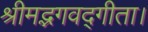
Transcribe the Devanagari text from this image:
श्रीमद्भगवद्गीता।